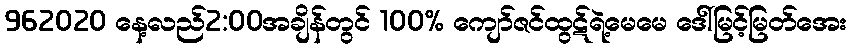
962020 နေ့လည်2:00အချိန်တွင် 100% ကျော်ဇင်ထွဋ်ရဲ့မေမေ ဒေါ်မြင့်မြတ်အေး